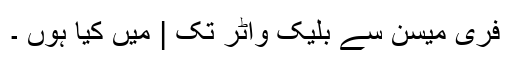
فری میسن سے بلیک واٹر تک | میں کیا ہوں ۔